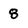
Character: 8